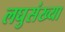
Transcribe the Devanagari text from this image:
लघुसंख्या